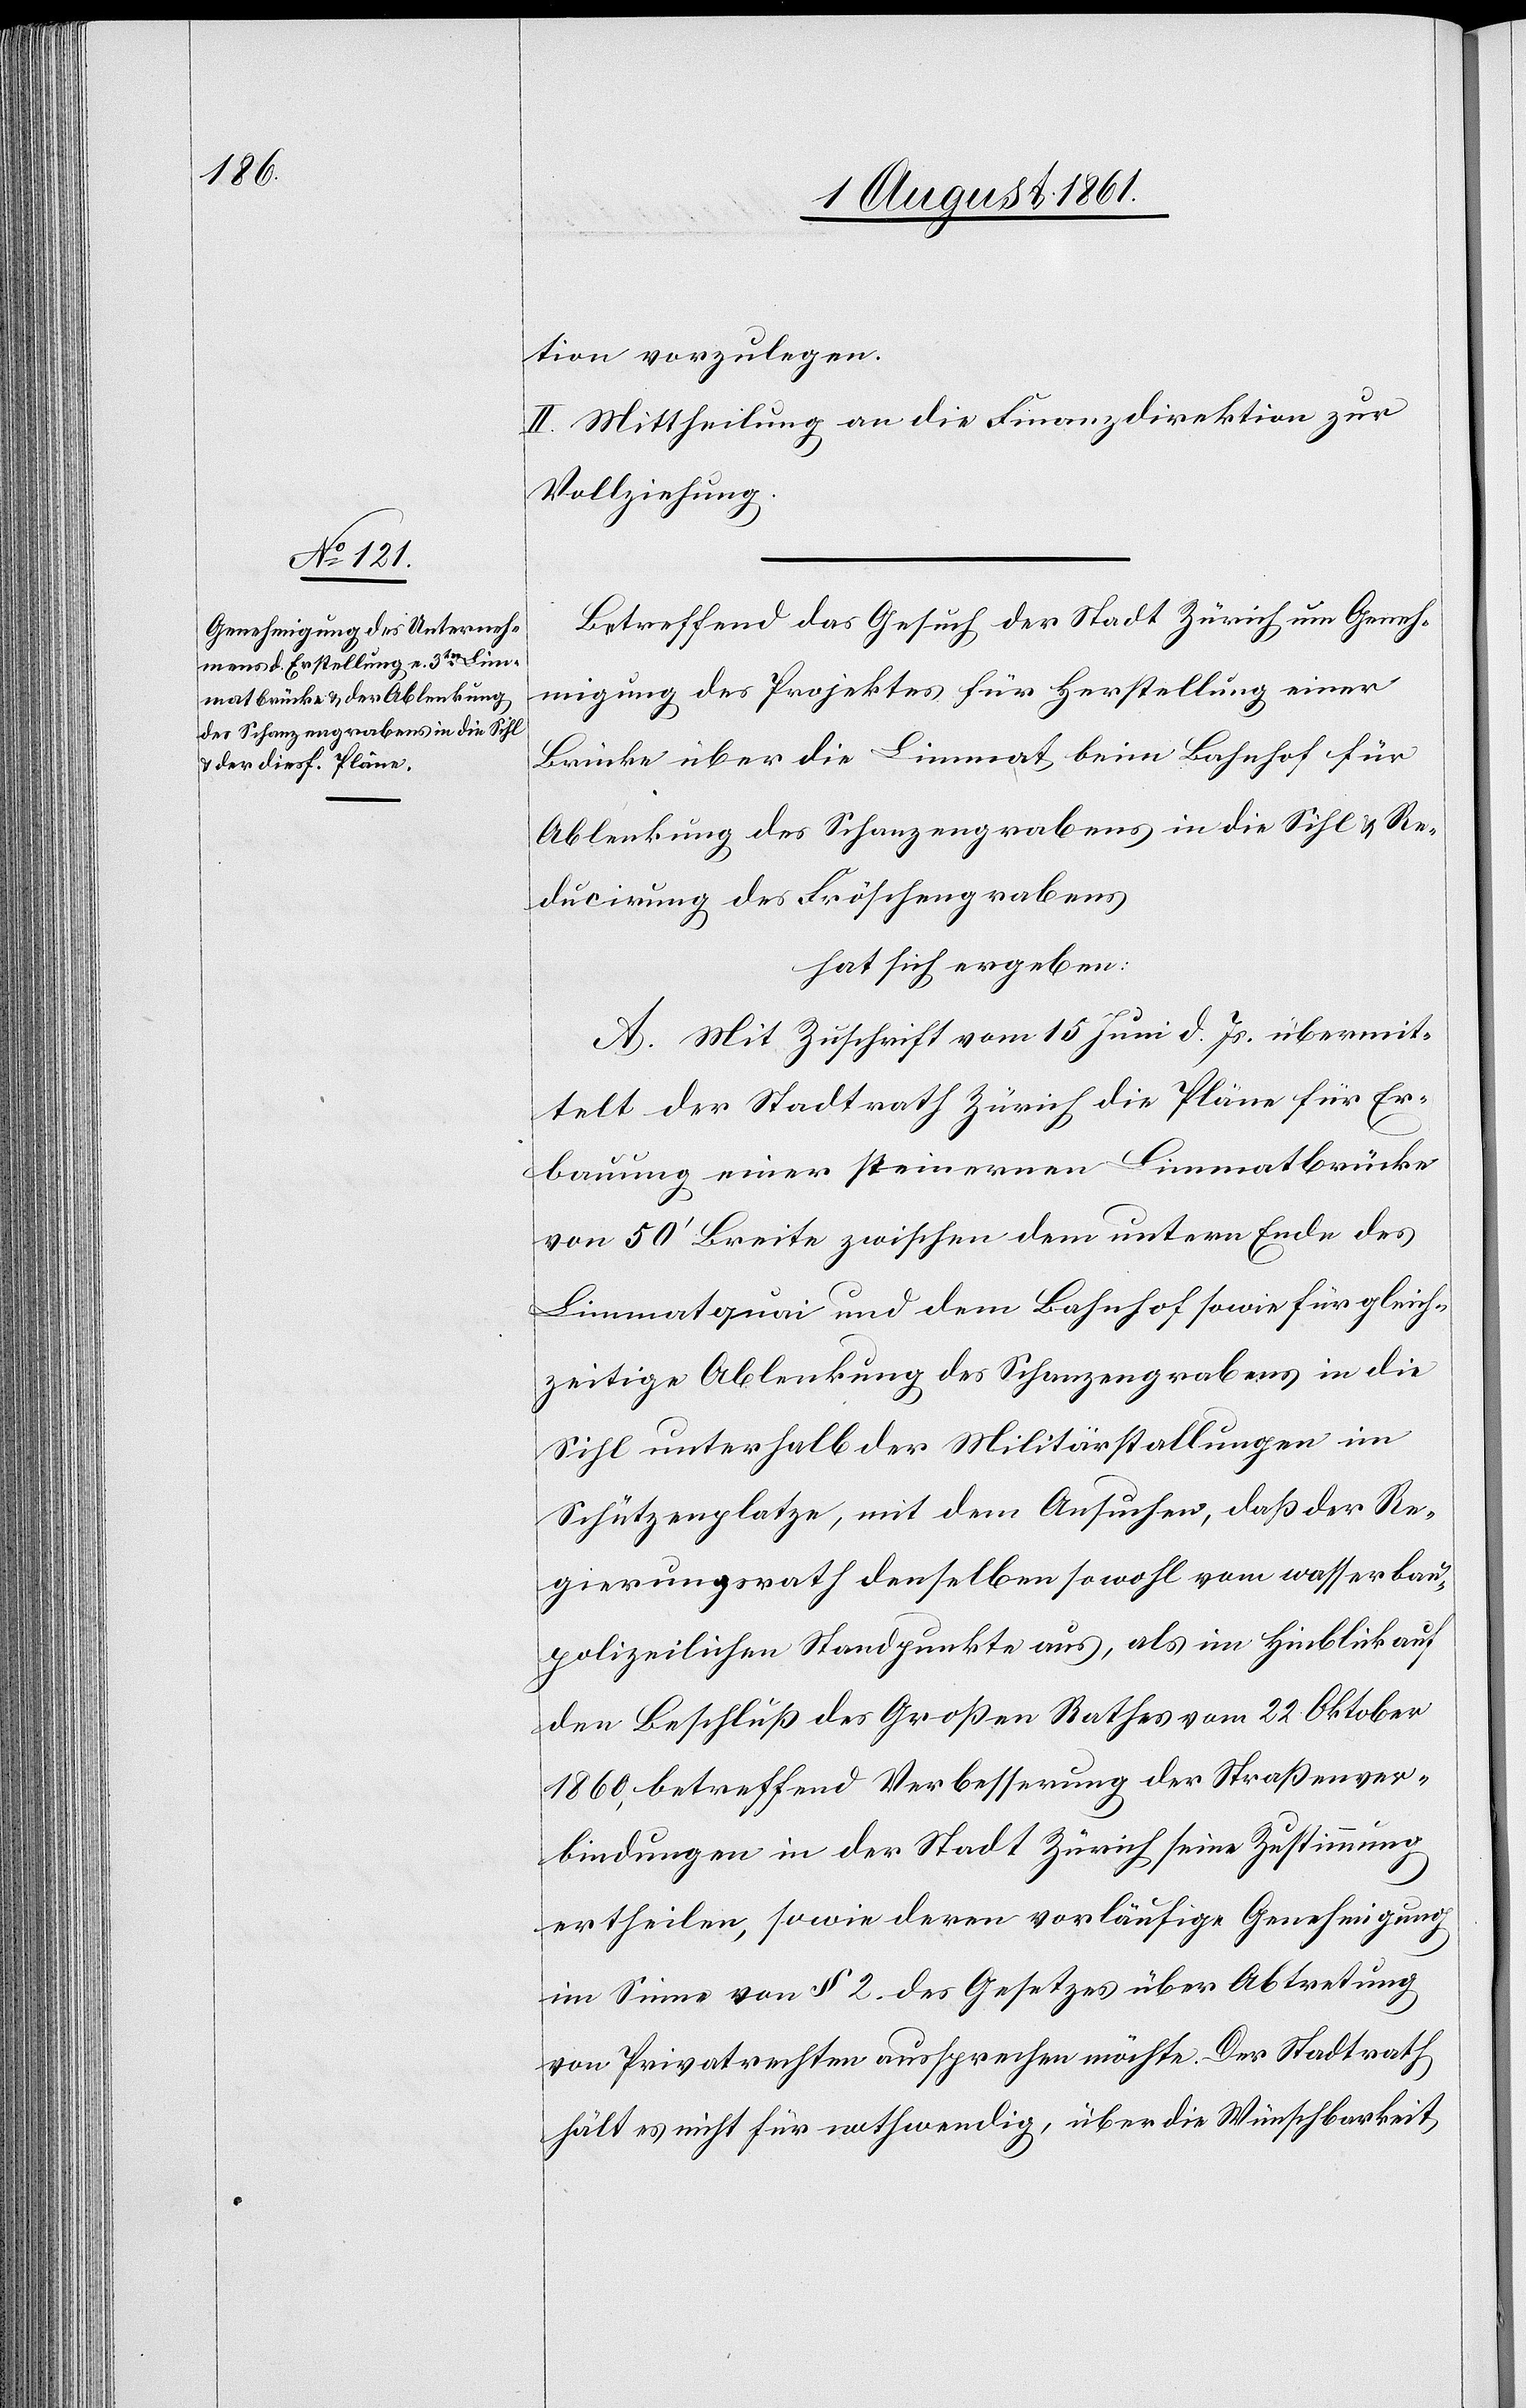
tion vorzulegen.
II. Mittheilung an die Finanzdirektion zur
Vollziehung.
Betreffend das Gesuch der Stadt Zürich um Geneh¬
migung des Projektes für Herstellung einer
Brücke über die Limmat beim Bahnhof für
Ablenkung des Schanzengrabens in die Sihl u. Re¬
ducirung des Fröschengrabens
hat sich ergeben:
A. Mit Zuschrift vom 15 Juni d. Js. übermit¬
telt der Stadtrath Zürich die Pläne für Er¬
bauung einer steinernen Limmatbrücke
von 50’ Breite zwischen dem untern Ende des
Limmatquai und dem Bahnhof sowie für gleich¬
zeitige Ablenkung des Schanzengrabens in die
Sihl unterhalb der Militärausstellungen im
Schützenplatze, mit dem Ansuchen, daß der Re¬
gierungsrath denselben sowohl vom wasserbau¬
polizeilichen Standpunkte aus, als im Hinblick auf
den Beschluß des Großen Rathes vom 22 Oktober
1860, betreffend Verbesserung der Straßenver¬
bindungen in der Stadt Zürich seine Zustimmung
ertheilen, sowie deren vorläufige Genehmigung
im Sinne von § 2 des Gesetzes über Abtretung
von Privatrechten aussprechen möchte. Der Stadtrath
hält es nicht für nothwendig, über die Wünschbarkeit,